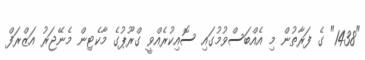
"1438" ގެ ފަރާތުން މި އެއްބަސްވުމުގައި ސޮއިކުރެއްވީ ގްރޫޕުގެ މާކެޓިން މެނޭޖަރު އަޒްރަފް